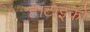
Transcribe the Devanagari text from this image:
है।टाइको